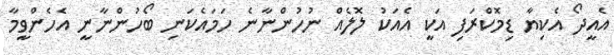
އެއީދޯ އެކިޔާ ޑިމޮކްރަފި އަކީ އެއަކު ލޮލެއް ނުހުންނާނެ ހަމައެކަނި ބޯހުންނާނީ އެހެންވީމާ